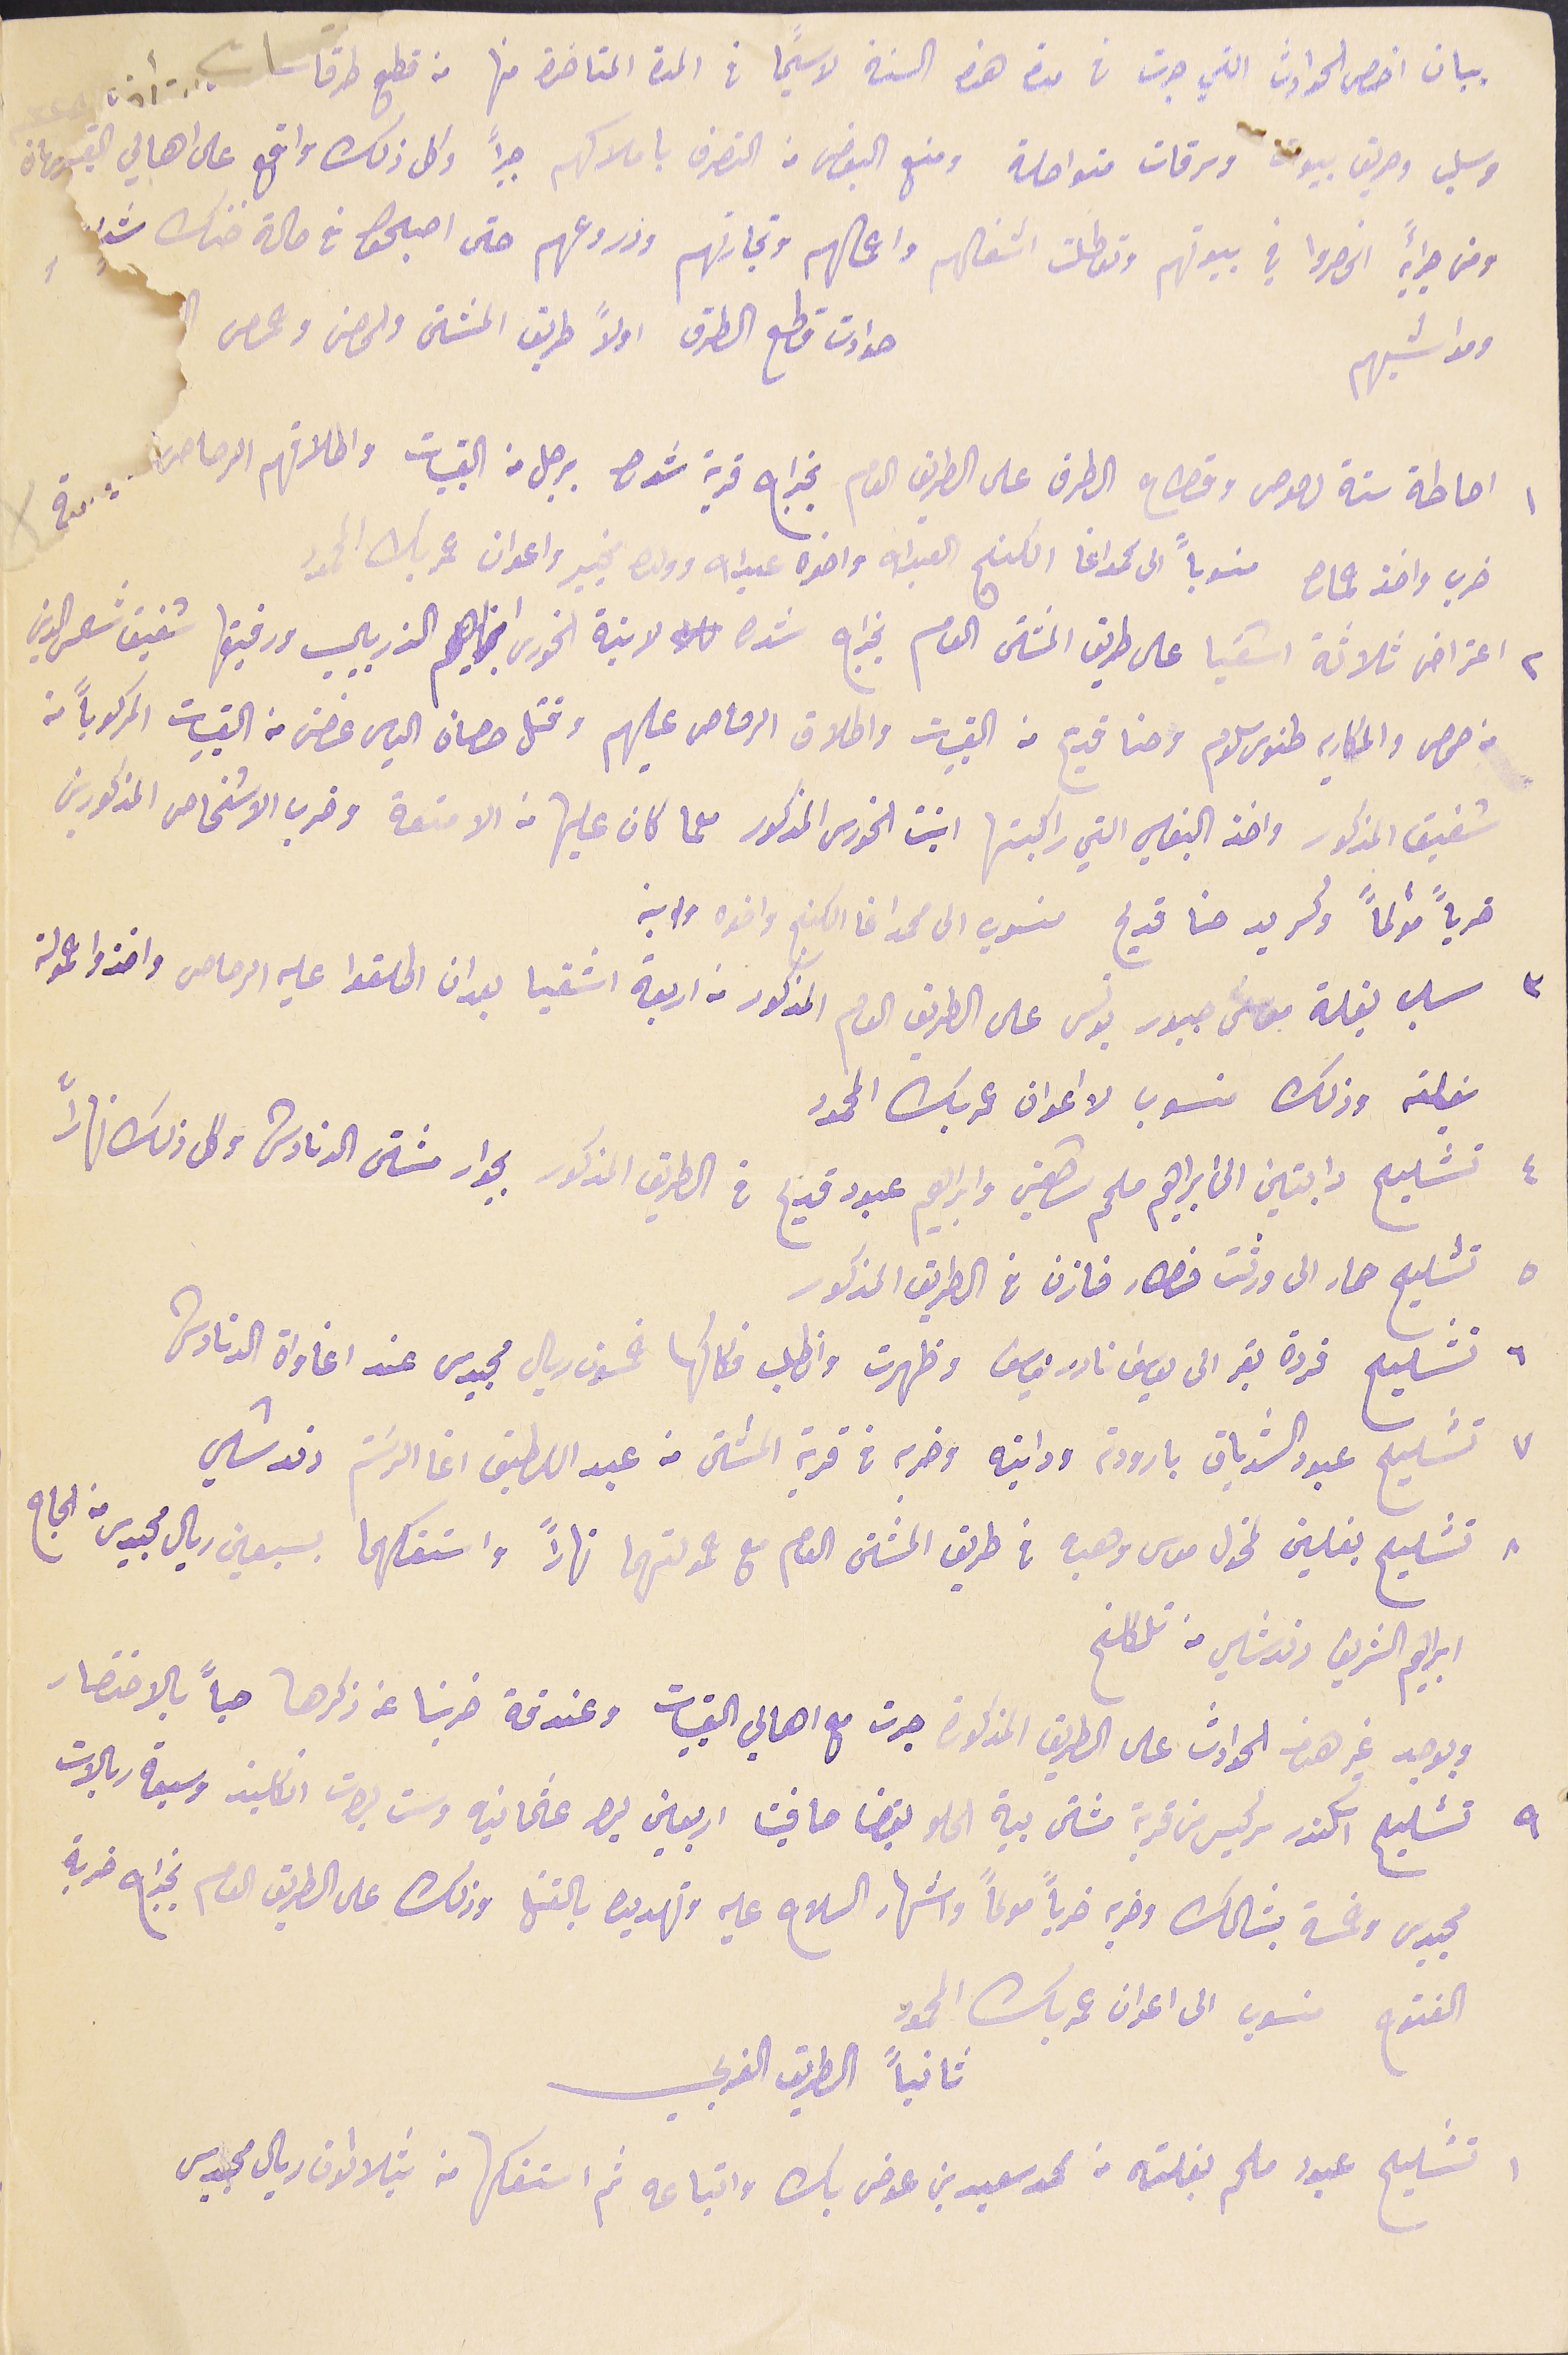
بيان اخص الحوادث التي جرت فى مدة هذه السنة لا سيًما في المدة المتاخرة منها من قطع طرقات
وسلب وحريق بيوت وسرقات متواصلة ومنع البعض من التصرف باملاكهم جبراً وكل ذلك واقع على اهالي القبيات
ومن جرائيه انحصروا في بيوتهم وتعطلت اشغالهم واعمالهم وتجارتهم وذروعهم حتى اصبحوا فى حالة ضنك شدد
ومواشيهم   حوادث قطع الطرق اولاً طريق المشتى والحصن وحمص
١ احاطة ستة لصوص وقطاع الطرق على الطريق العام بخراج قرية شدرا برجل من القبيات واطلاقهم الرصاص.
ضرب واخذ حماره منسوباً الى محمد اغا الكنج العبدالله واخوه عبدالله وولده مخيبر واعوان عمر بك المحمود
٢ اعتراض ثلاثة اشقيا على طريق المشتى العام بخراج شدره  لابنة الخوري ابراهيم الذريبي ورفيقها شفيق شمس الدين
من حمص والمكاريه طنوس سلوم وحنا  قديح من القبيات واطلاق الرصاص عليهم وقتل حصان الياس غصن من القبيات المركوباً من
شفيق المذكور واخذ البغلي التي راكبتها ابنت الخورى المذكور معما كان عليها من الامتعة وضرب الاشخاص المذكورين
ضرباً مؤلماً وكسر يد حنا قديج منسوب الى محمد اغا الكنج واخوه وابنه
٣ سلب بغلة موسى جبور يونس على الطريق العام المذكور من اربعة اشقيا بعد ان اطلقوا عليه الرصاص واخذوا حمولة
بغلته وذلك منسوب لا اعوان عمر بك المحمود
٤ تشليح دابتين الى ابراهيم ملحم شاهين وابراهيم عبود قديح في الطريق المذكور بجوار مشتى الدنادشه وكل ذلك نهاراً
٥ تشليح حمار الى ورثت خطار خازن فى الطريق المذكور
 ٦ تشليح فردة بقر الى يوسَف نادر يوسف وظهرت وانطلب فكاكها خمسون ريال مجيدى عند اغاواة الدنادشه
 ٧ تشليح عبود الشدياق بارودة ودابته وضربه في قرية المشتى من عبد اللطيف اغا الرسَتم دندشلي
٨ تشليج بغلين لمخول موسى وهبه فى طريق المشتى العام مع حمولتهما نهاراً واستفكهما بسبعين ريال مجيدى من الحاج
ابراهيم الشريف دندشلي من تلكلخ
ويوجد غير هذه الحوادث على الطريق المذكورة جرت مع اهالي القبيات وعندقة ضربنا عن ذكرها حباً بالاختصار
٩ تشليح اسكتدر سركيس من قرية مشتى بية الحلو بقضا صافيتا اربعين ليره عثمانيه وست ليرات انكليز وسبعة ربالات
مجيدى وخمسة بشالك وضربه ضرباً مولماً واشهار السلاح عليه وتهديده بالقتل وذلك على الطريق العام بخراج خربة
الفتوح منسوب الى اعوان عمر بك المحمود
ثانياً الطريق الغربي
ا تشليح عبود ملحم بغلته من محمد سعيد بن عوض بك واتباعه ثم استفكها منه بثلاثون ريال مجيدى